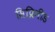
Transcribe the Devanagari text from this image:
सिप्रिनीड